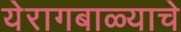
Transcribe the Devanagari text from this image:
येरागबाळ्याचे